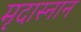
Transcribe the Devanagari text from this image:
मृदास्नान